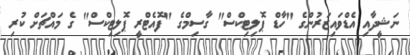
ނަޝީދާއި އެޑްވައިޒަރުންގެ "ހާޑް ޕޮލިޓިކްސް" ގާސިމްގެ "ފޮއެޓްރީ ޕޮލިޓިކްސް" ގެ މައްޗަށް ކުރި